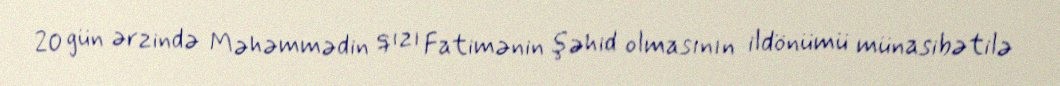
20 gün ərzində Məhəmmədin qızı Fatimənin şəhid olmasının ildönümü münasibətilə